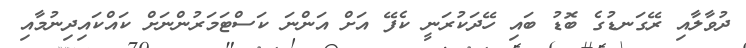
ދުވާލާއި ރޭގަނޑުގެ ބޮޑު ބައި ހޭދަކުރަނީ ކެފޭ އަށް އަންނަ ކަސްޓަމަރުންނަށް ކައްކައިދިނުމާއި